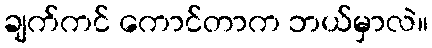
ချက်ကင် ကောင်တာက ဘယ်မှာလဲ။